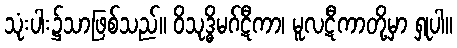
သုံးပါး၌သာဖြစ်သည်။ ဝိသုဒ္ဓိမဂ်ဋီကာ၊ မူလဋီကာတို့မှာ ရှုပါ။